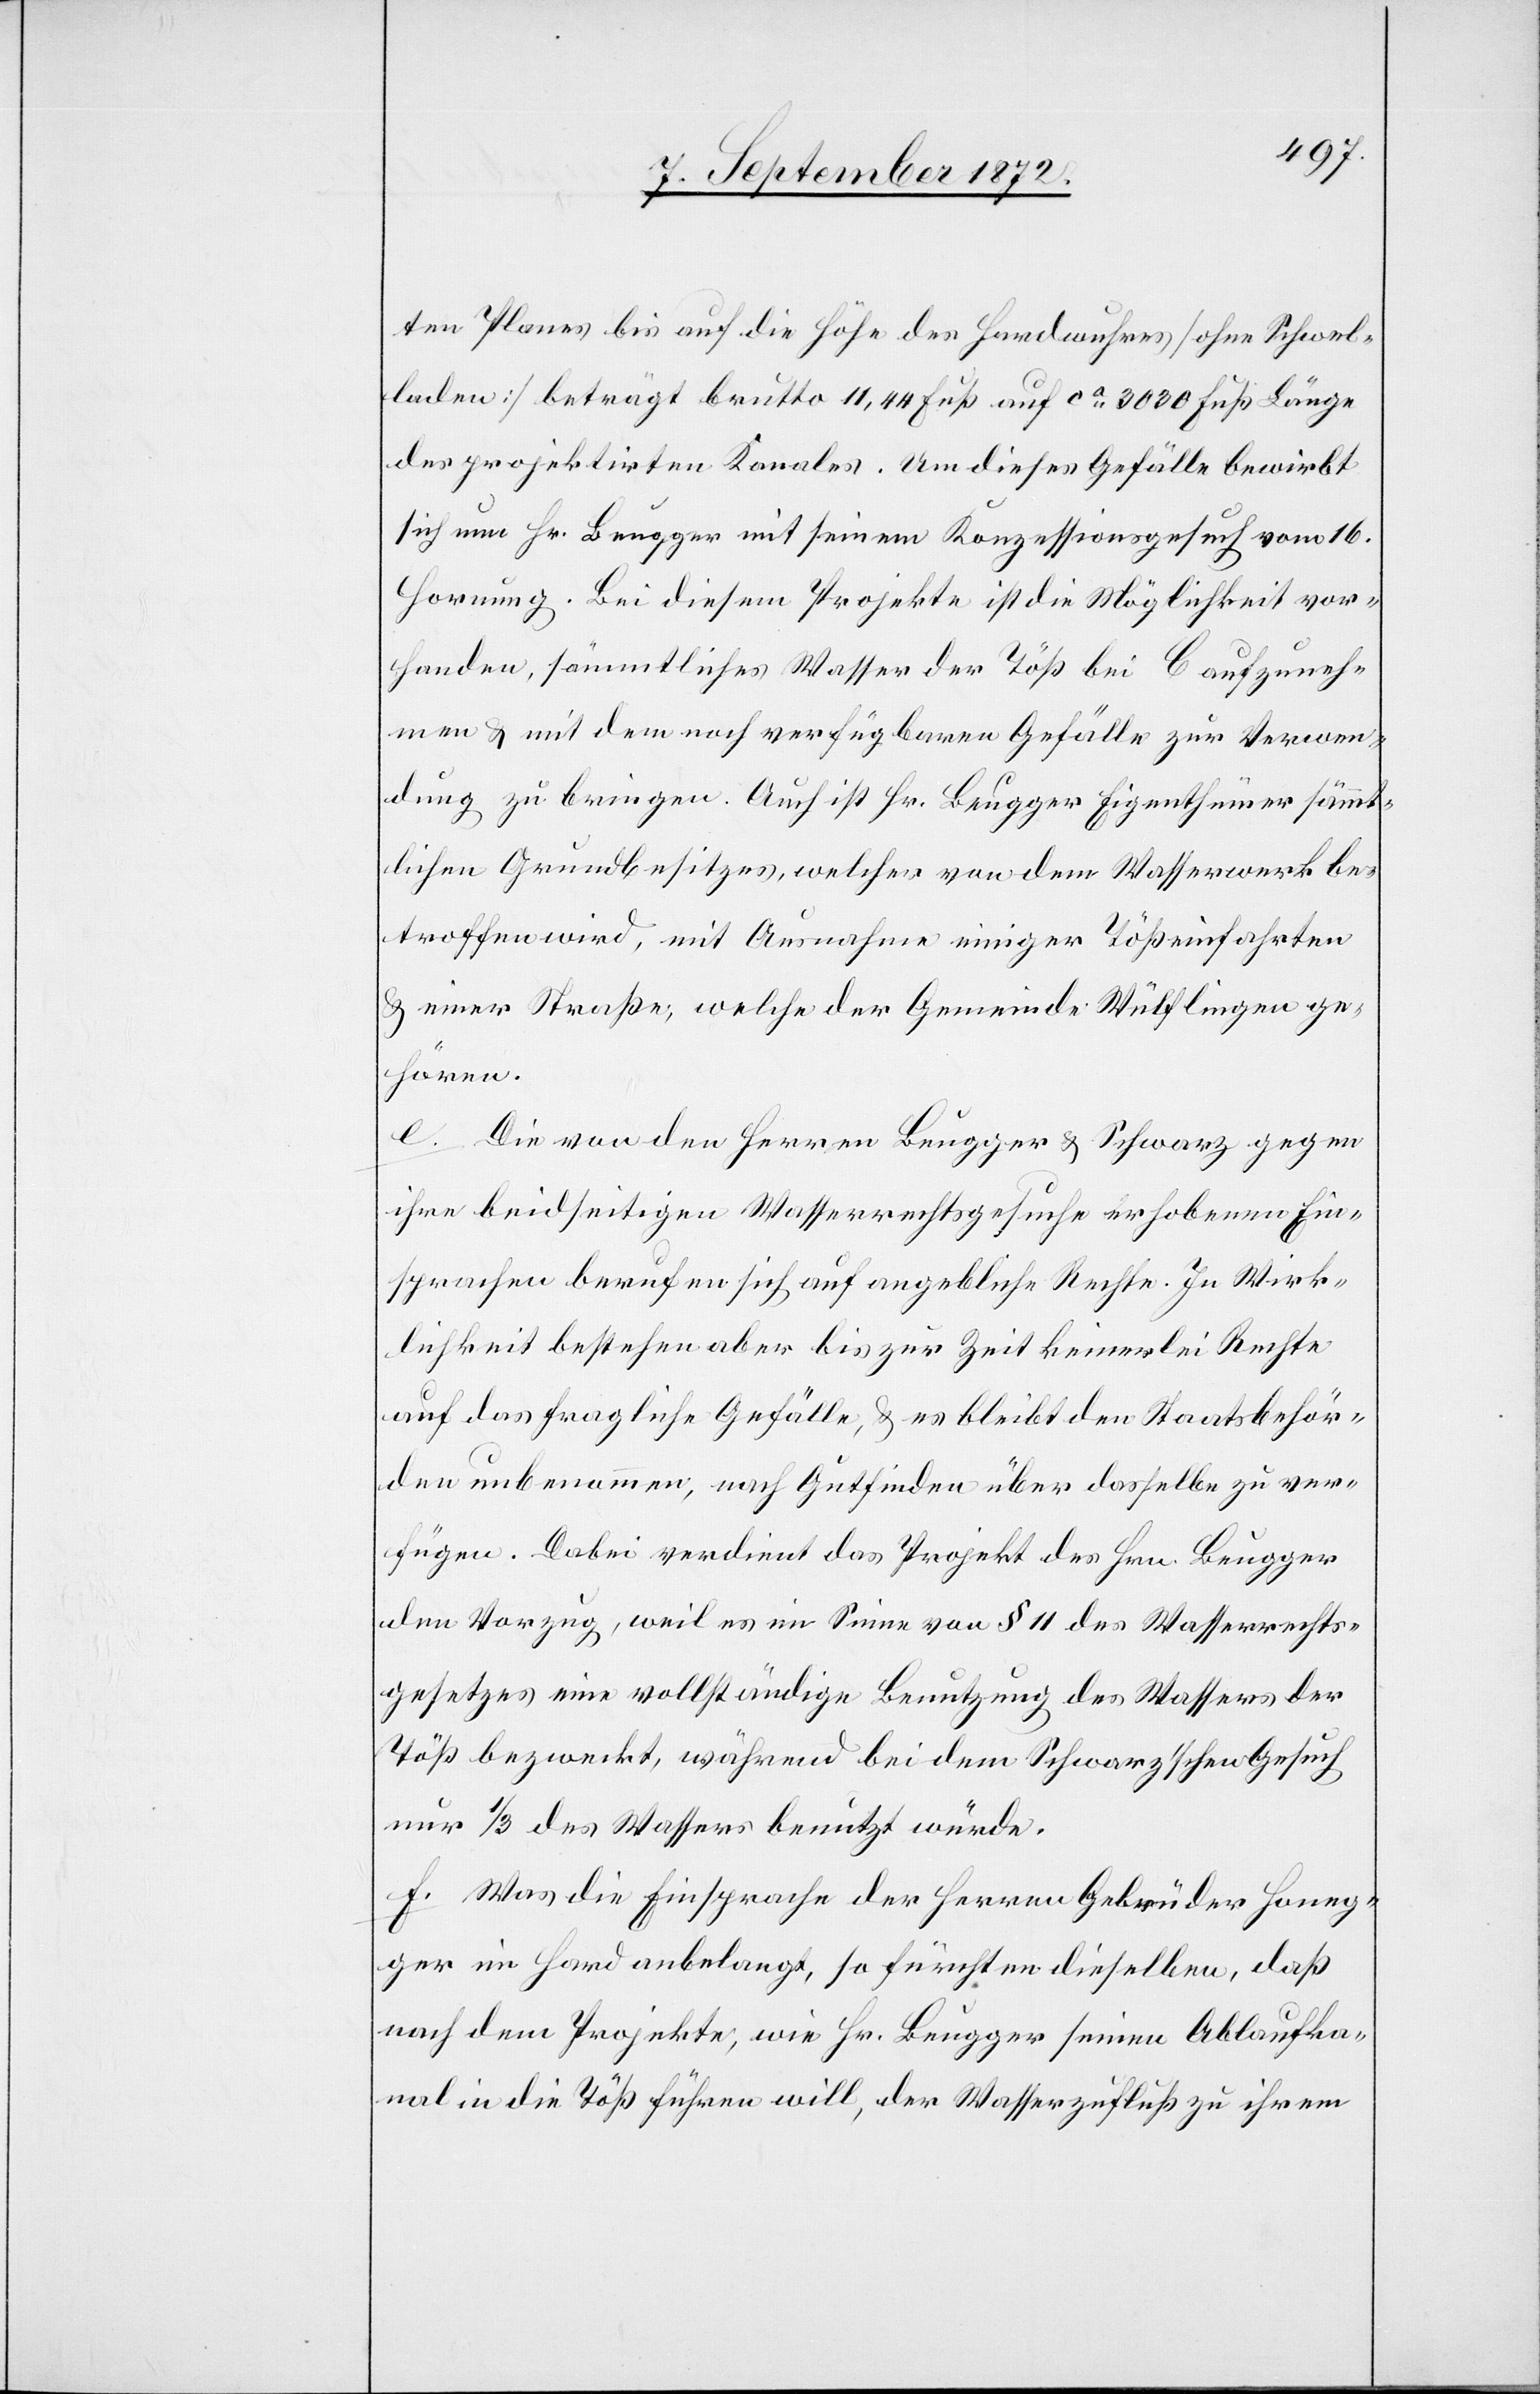
ten Planes bis auf die Höhe des Hardwuhres [ohne Schwel¬
laden] beträgt brutto 11,44 Fuß auf ca 3000 Fuß Länge
des projektirten Kanales. Um dieses Gefälle bewirbt
sich nun Hr. Beugger mit seinem Konzessionsgesuch vom 16.
Hornung. Bei diesem Projekte ist die Möglichkeit vor¬
handen, sämmtliches Wasser der Töß bei b aufzuneh¬
men u. mit dem noch verfügbaren Gefälle zur Verwen¬
dung zu bringen. Auch ist Hr. Beugger Eigenthümer sämmt¬
lichen Grundbesitzes, welches von dem Wasserwerk be¬
troffen wird, mit Ausnahme einiger Tößeinfahrten
u. einer Straße, welche der Gemeinde Wülflingen ge¬
hören.
e. Die von den Herren Beugger u. Schwarz gegen
ihre beidseitigen Wasserrechtsgesuche erhobenen Ein¬
sprachen berufen sich auf angebliche Rechte. In Wirk¬
lichkeit bestehen aber bis zur Zeit keinerlei Rechte
auf das fragliche Gefälle, u. es bleibt den Staatsbehör¬
den unbenommen, nach Gutfinden über dasselbe zu ver¬
fügen. Dabei verdient das Projekt des Hrn. Beugger
den Vorzug, weil es im Sinne von § 11 des Wasserrechts¬
gesetzes eine vollständige Benutzung des Wassers der
Töß bezweckt, während bei dem Schwarz’schen Gesuch
nur 1/3 des Wassers benutzt würde.
f. Was die Einsprache der Herren Gebrüder Honeg¬
ger im Hard angelangt, so fürchten dieselben, daß
nach dem Projekte, wie Hr. Beugger seinen Ablaufka¬
nal in die Töß führen will, der Wasserzufluß zu ihrem